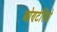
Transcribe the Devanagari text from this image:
ओण्टेरियो